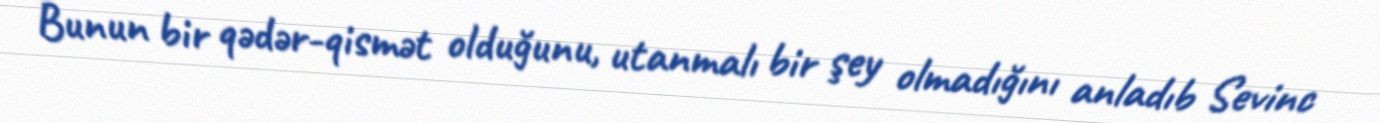
Bunun bir qədər-qismət olduğunu, utanmalı bir şey olmadığını anladıb Sevinc